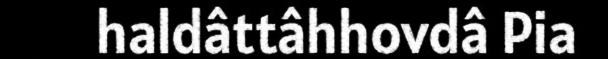
haldâttâhhovdâ Pia